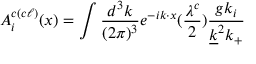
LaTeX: A _ { i } ^ { c ( c \ell ) } ( x ) = \int { \frac { d ^ { 3 } k } { ( 2 \pi ) ^ { 3 } } } e ^ { - i k \cdot x } ( { \frac { \lambda ^ { c } } { 2 } } ) { \frac { g k _ { i } } { { \underline { { k } } } ^ { 2 } k _ { + } } }